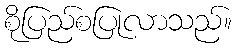
စိုပြည်စပြုလာသည်။